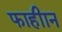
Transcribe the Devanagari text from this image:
फाहीान